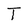
Character: T